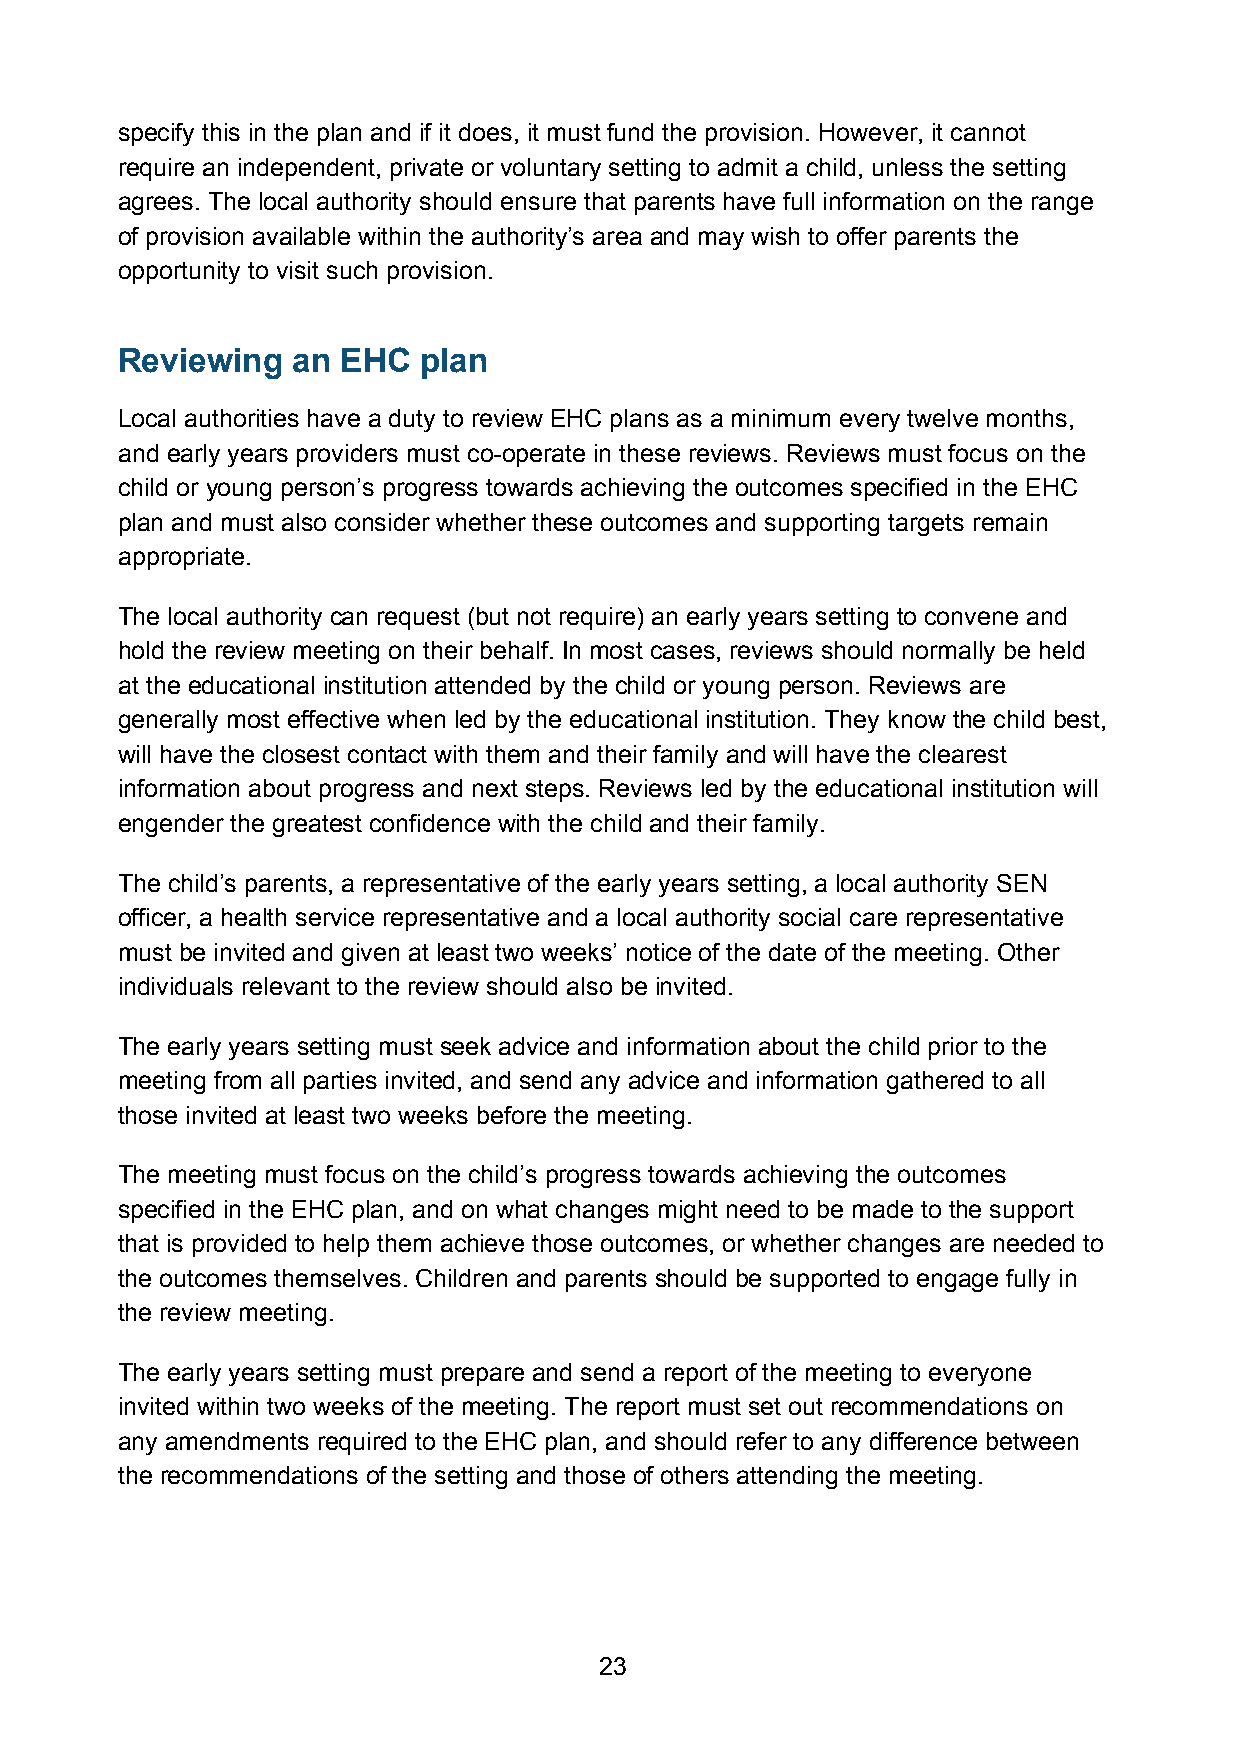
specify this in the plan and if it does, it must fund the provision. However, it cannot
 require an independent, private or voluntary setting to admit a child, unless the setting
 agrees. The local authority should ensure that parents have full information on the range
 of provision available within the authority’s area and may wish to offer parents the
 opportunity to visit such provision.
 Reviewing  an  EHC  plan
 Local authorities have a duty to review EHC plans as a minimum every twelve months,
 and early years providers must co-operate in these reviews. Reviews must focus on the
 child or young person’s progress towards achieving the outcomes specified in the EHC
 plan and must also consider whether these outcomes and supporting targets remain
 appropriate.
 The local authority can request (but not require) an early years setting to convene and
 hold the review meeting on their behalf. In most cases, reviews should normally be held
 at the educational institution attended by the child or young person. Reviews are
 generally most effective when led by the educational institution. They know the child best,
 will have the closest contact with them and their family and will have the clearest
 information about progress and next steps. Reviews led by the educational institution will
 engender the greatest confidence with the child and their family.
 The child’s parents, a representative of the early years setting, a local authority SEN
 officer, a health service representative and a local authority social care representative
 must be invited and given at least two weeks’ notice of the date of the meeting. Other
 individuals relevant to the review should also be invited.
 The early years setting must seek advice and information about the child prior to the
 meeting from all parties invited, and send any advice and information gathered to all
 those invited at least two weeks before the meeting.
 The meeting must focus on the child’s progress towards achieving the outcomes
 specified in the EHC plan, and on what changes might need to be made to the support
 that is provided to help them achieve those outcomes, or whether changes are needed to
 the outcomes themselves. Children and parents should be supported to engage fully in
 the review meeting.
 The early years setting must prepare and send a report of the meeting to everyone
 invited within two weeks of the meeting. The report must set out recommendations on
 any amendments required to the EHC plan, and should refer to any difference between
 the recommendations of the setting and those of others attending the meeting.
 23